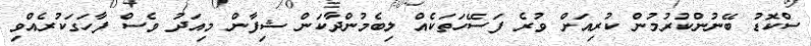
ސްކޮޑު ބޭނުންކުރުމުން ކުރިއަށް ވުރެ ފަސޭހަތަކެއް ލިބެމުންދާކަން ޝިފާން މިއަދު ވެސް ފާހަގަކުރެއްވި